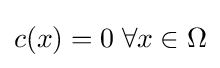
c(x)=0\;\forall x\in \Omega